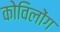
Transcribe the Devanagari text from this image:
कोविलोंग